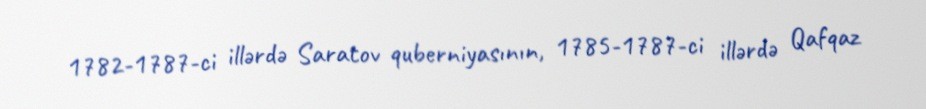
1782-1787-ci illərdə Saratov quberniyasının, 1785-1787-ci illərdə Qafqaz